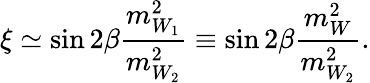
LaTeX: \xi\simeq\sin{2\beta}{\frac{m_{W_{1}}^{2}}{m_{W_{2}}^{2}}}\equiv\sin{2\beta}{\frac{m_{W}^{2}}{m_{W_{2}}^{2}}}.